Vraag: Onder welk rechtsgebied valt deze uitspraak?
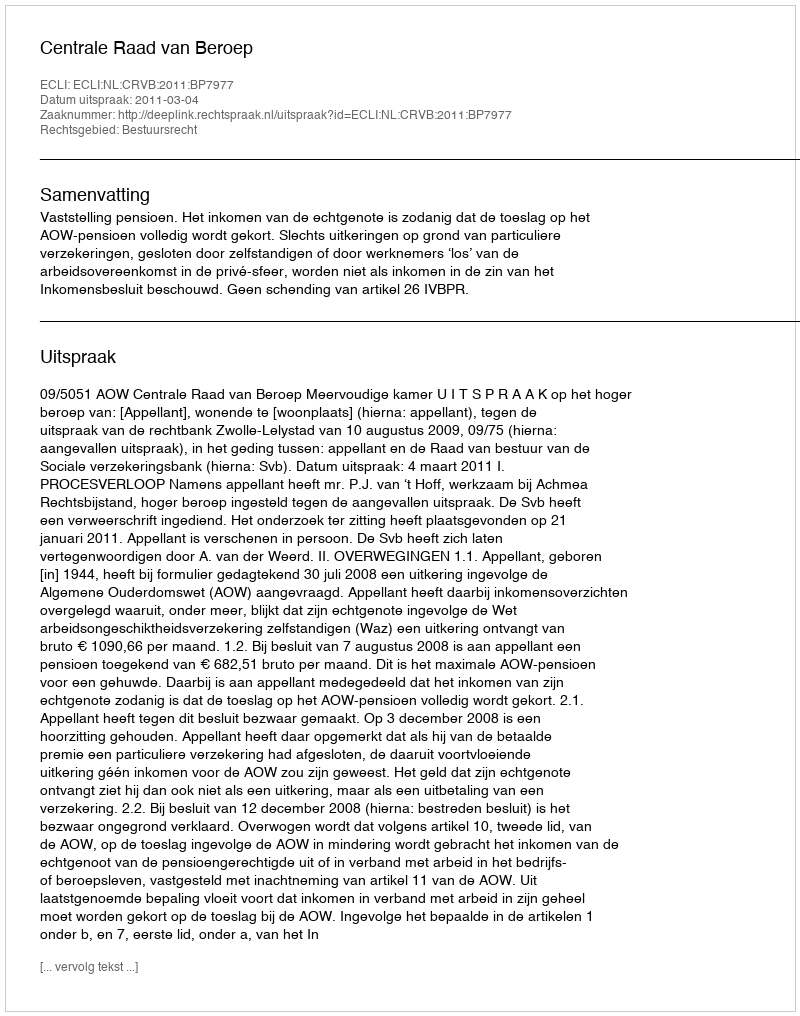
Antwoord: Bestuursrecht